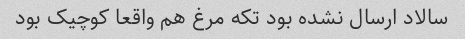
سالاد ارسال نشده بود تکه مرغ هم واقعا کوچیک بود